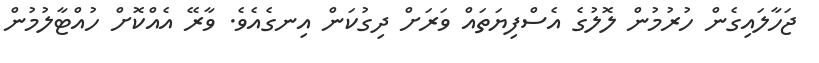
ޖަހާލައިގެން ހުރުމުން ލޮލުގެ އެސްފިޔަތައް ވަރަށް ދިގުކަން އިނގެއެވެ. ވާރޭ އެއްކޮށް ހުއްޓާލުމުން